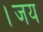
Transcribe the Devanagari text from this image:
।जय